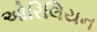
ઓરિલિયન